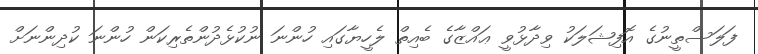
ފަލަސްތީނުގެ އޮފިޝަލަކު ވިދާޅުވީ ޢައްޒާގެ ބެއިތް ލެހީޔާގައި ހުންނަ ނުކުޅެދުންތެރިކަން ހުންނަ ކުދިންނަށް